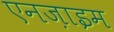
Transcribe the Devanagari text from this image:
एनज़ाइम